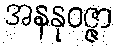
အနနုဝဇ္ဇာ